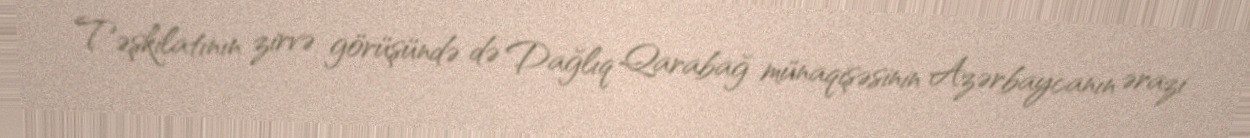
Təşkilatının zirvə görüşündə də Dağlıq Qarabağ münaqişəsinin Azərbaycanın ərazi